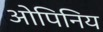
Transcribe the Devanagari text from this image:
ओपिनिय